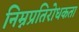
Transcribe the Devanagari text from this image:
निम्नप्रतिरोधकता